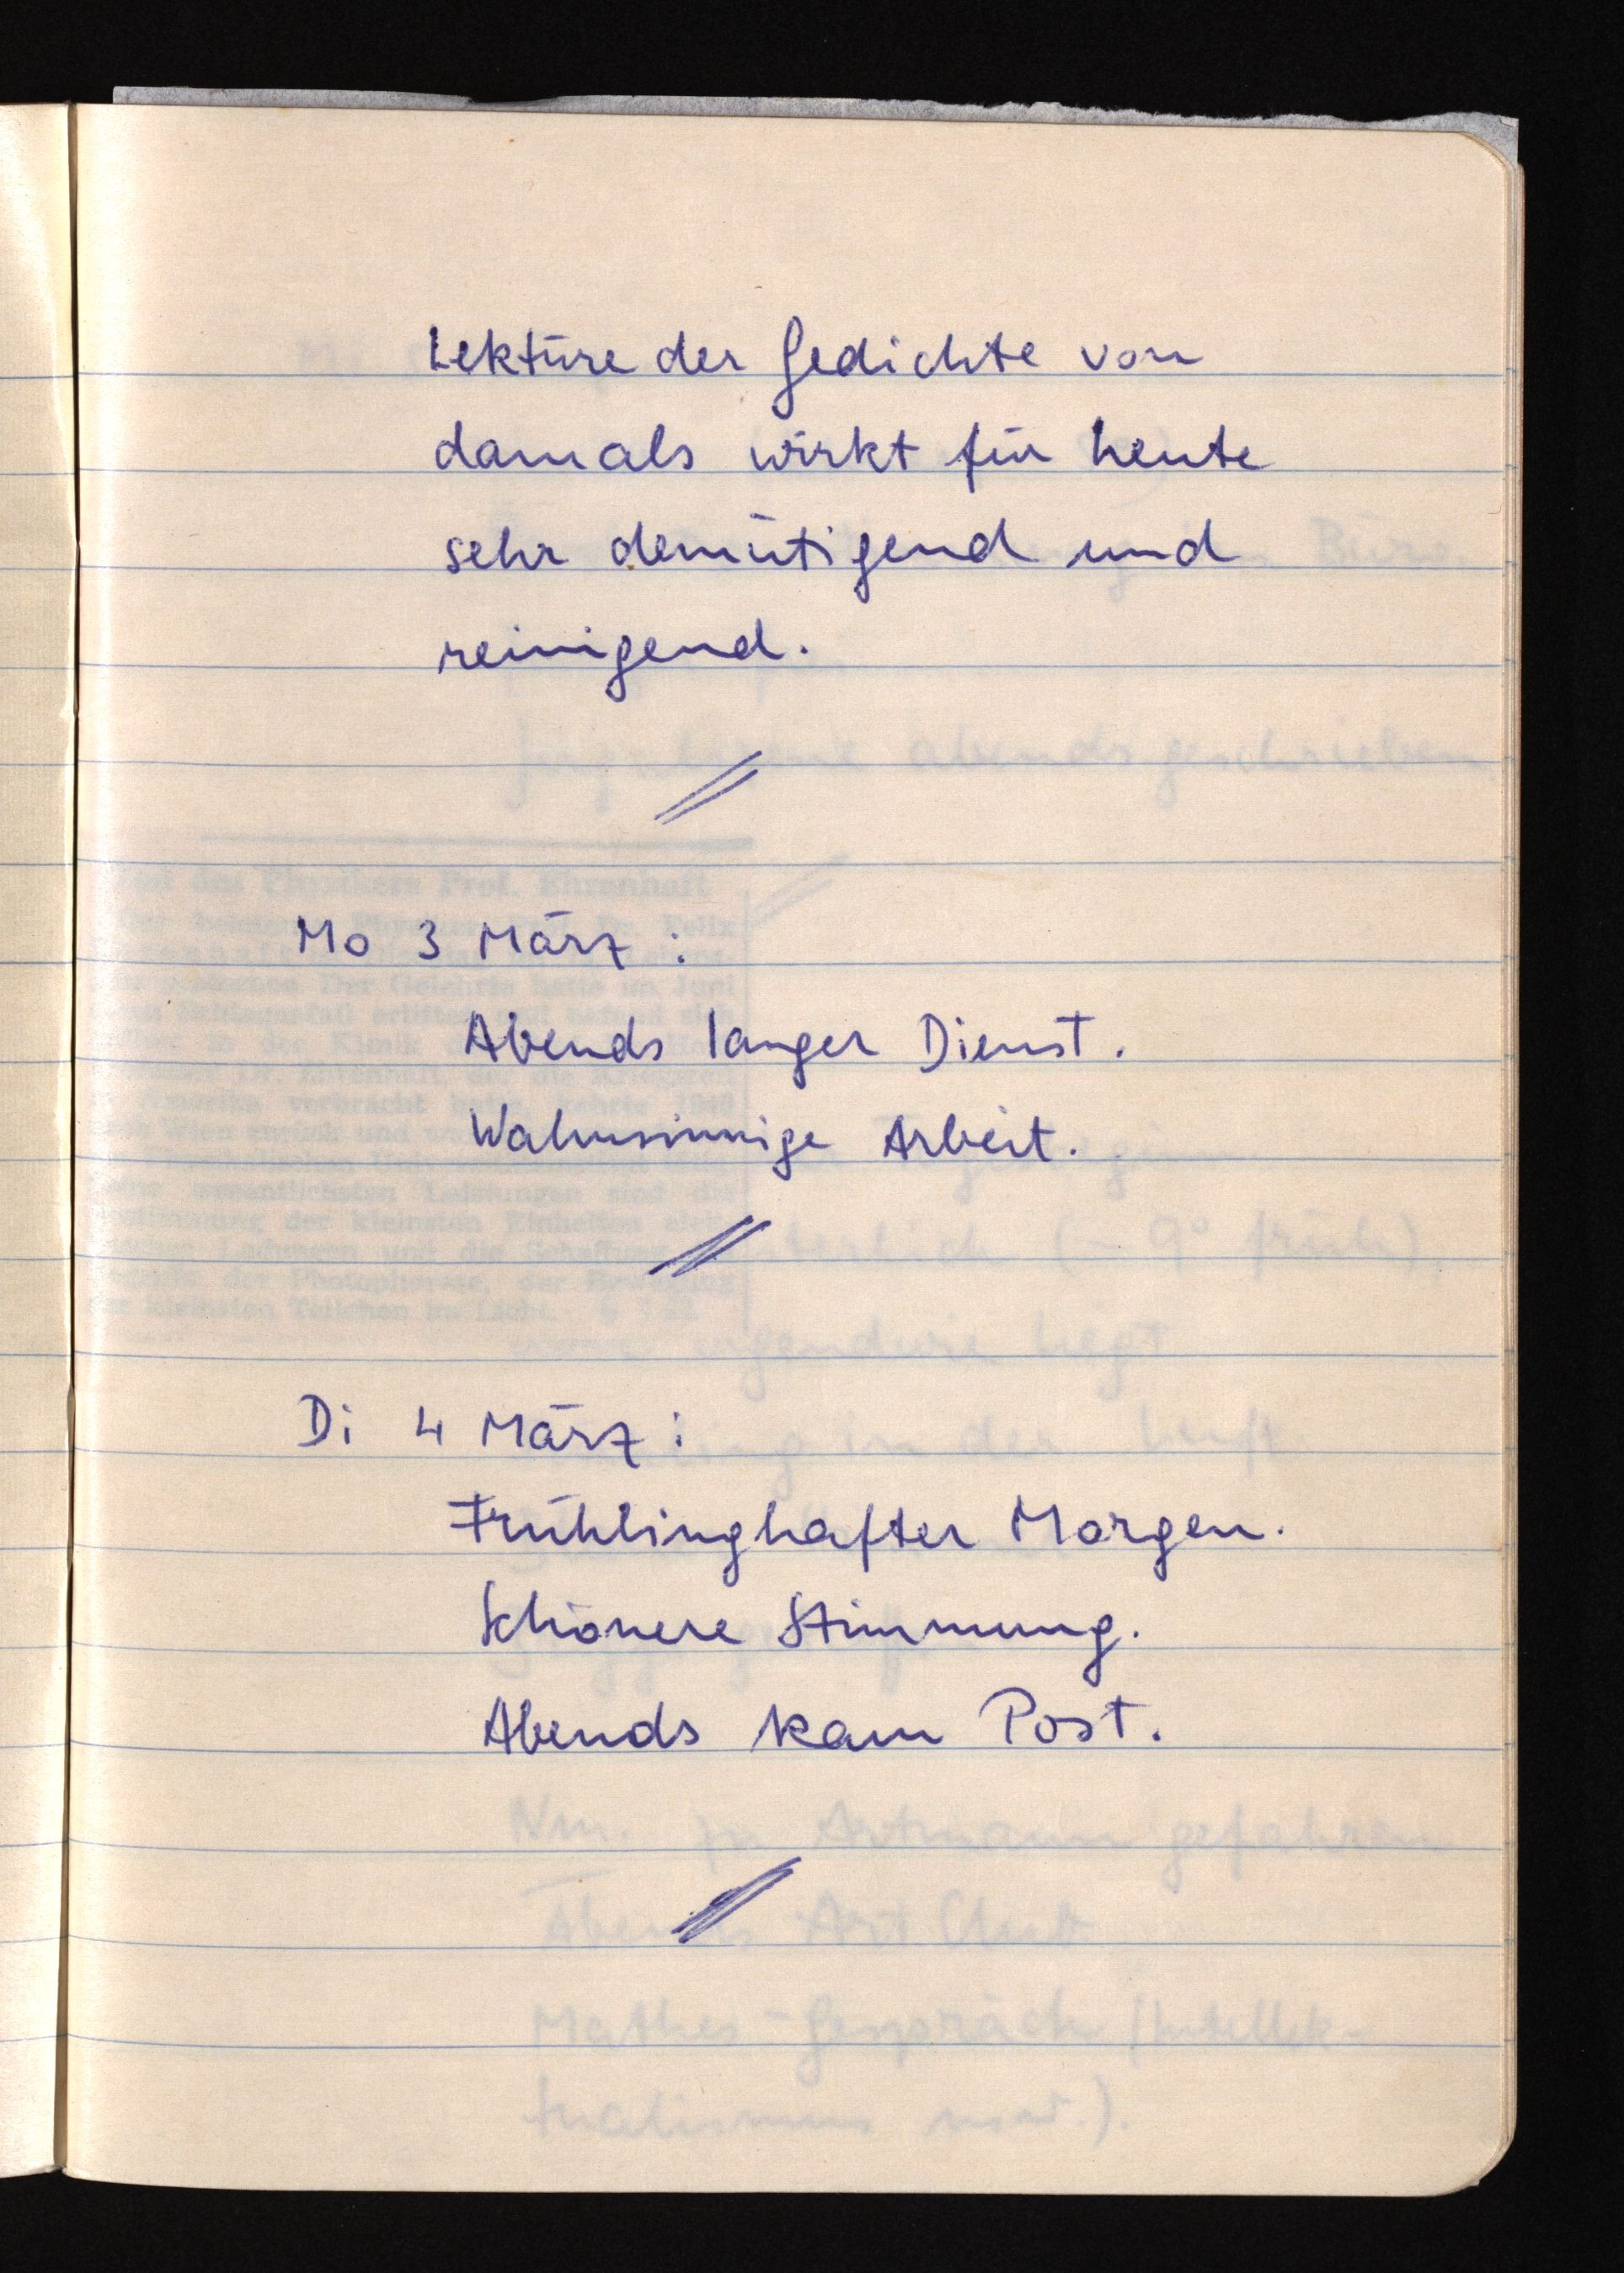
Lektüre der Gedichte von
damals wirkt für heute
sehr demütigend und
reinigend.
Mo 3 März:
Abends langer Dienst.
Wahnsinnige Arbeit.
Di 4 März:
Frühlingshafter Morgen.
Schönere Stimmung.
Abends kam Post.